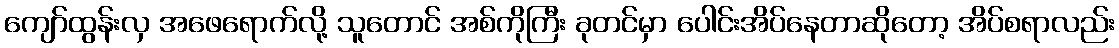
ကျော်ထွန်းလှ အဖေရောက်လို့ သူတောင် အစ်ကိုကြီး ခုတင်မှာ ပေါင်းအိပ်နေတာဆိုတော့ အိပ်စရာလည်း